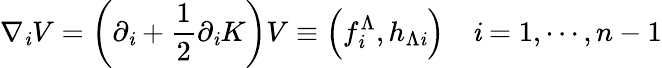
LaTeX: \nabla_{\mathit{i}}V=\left(\partial_{\mathit{i}}+{\frac{{1}}{{2}}}\partial_{\mathit{i}}K\right)V\equiv\left(f_{\mathit{i}}^{\Lambda},h_{\Lambda\mathit{i}}\right)\quad\mathit{i}=1,\cdots,n-1